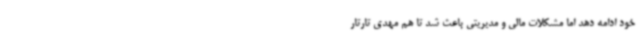
خود ادامه دهد اما مشکلات مالی و مدیریتی باعث شد تا هم مهدی تارتار